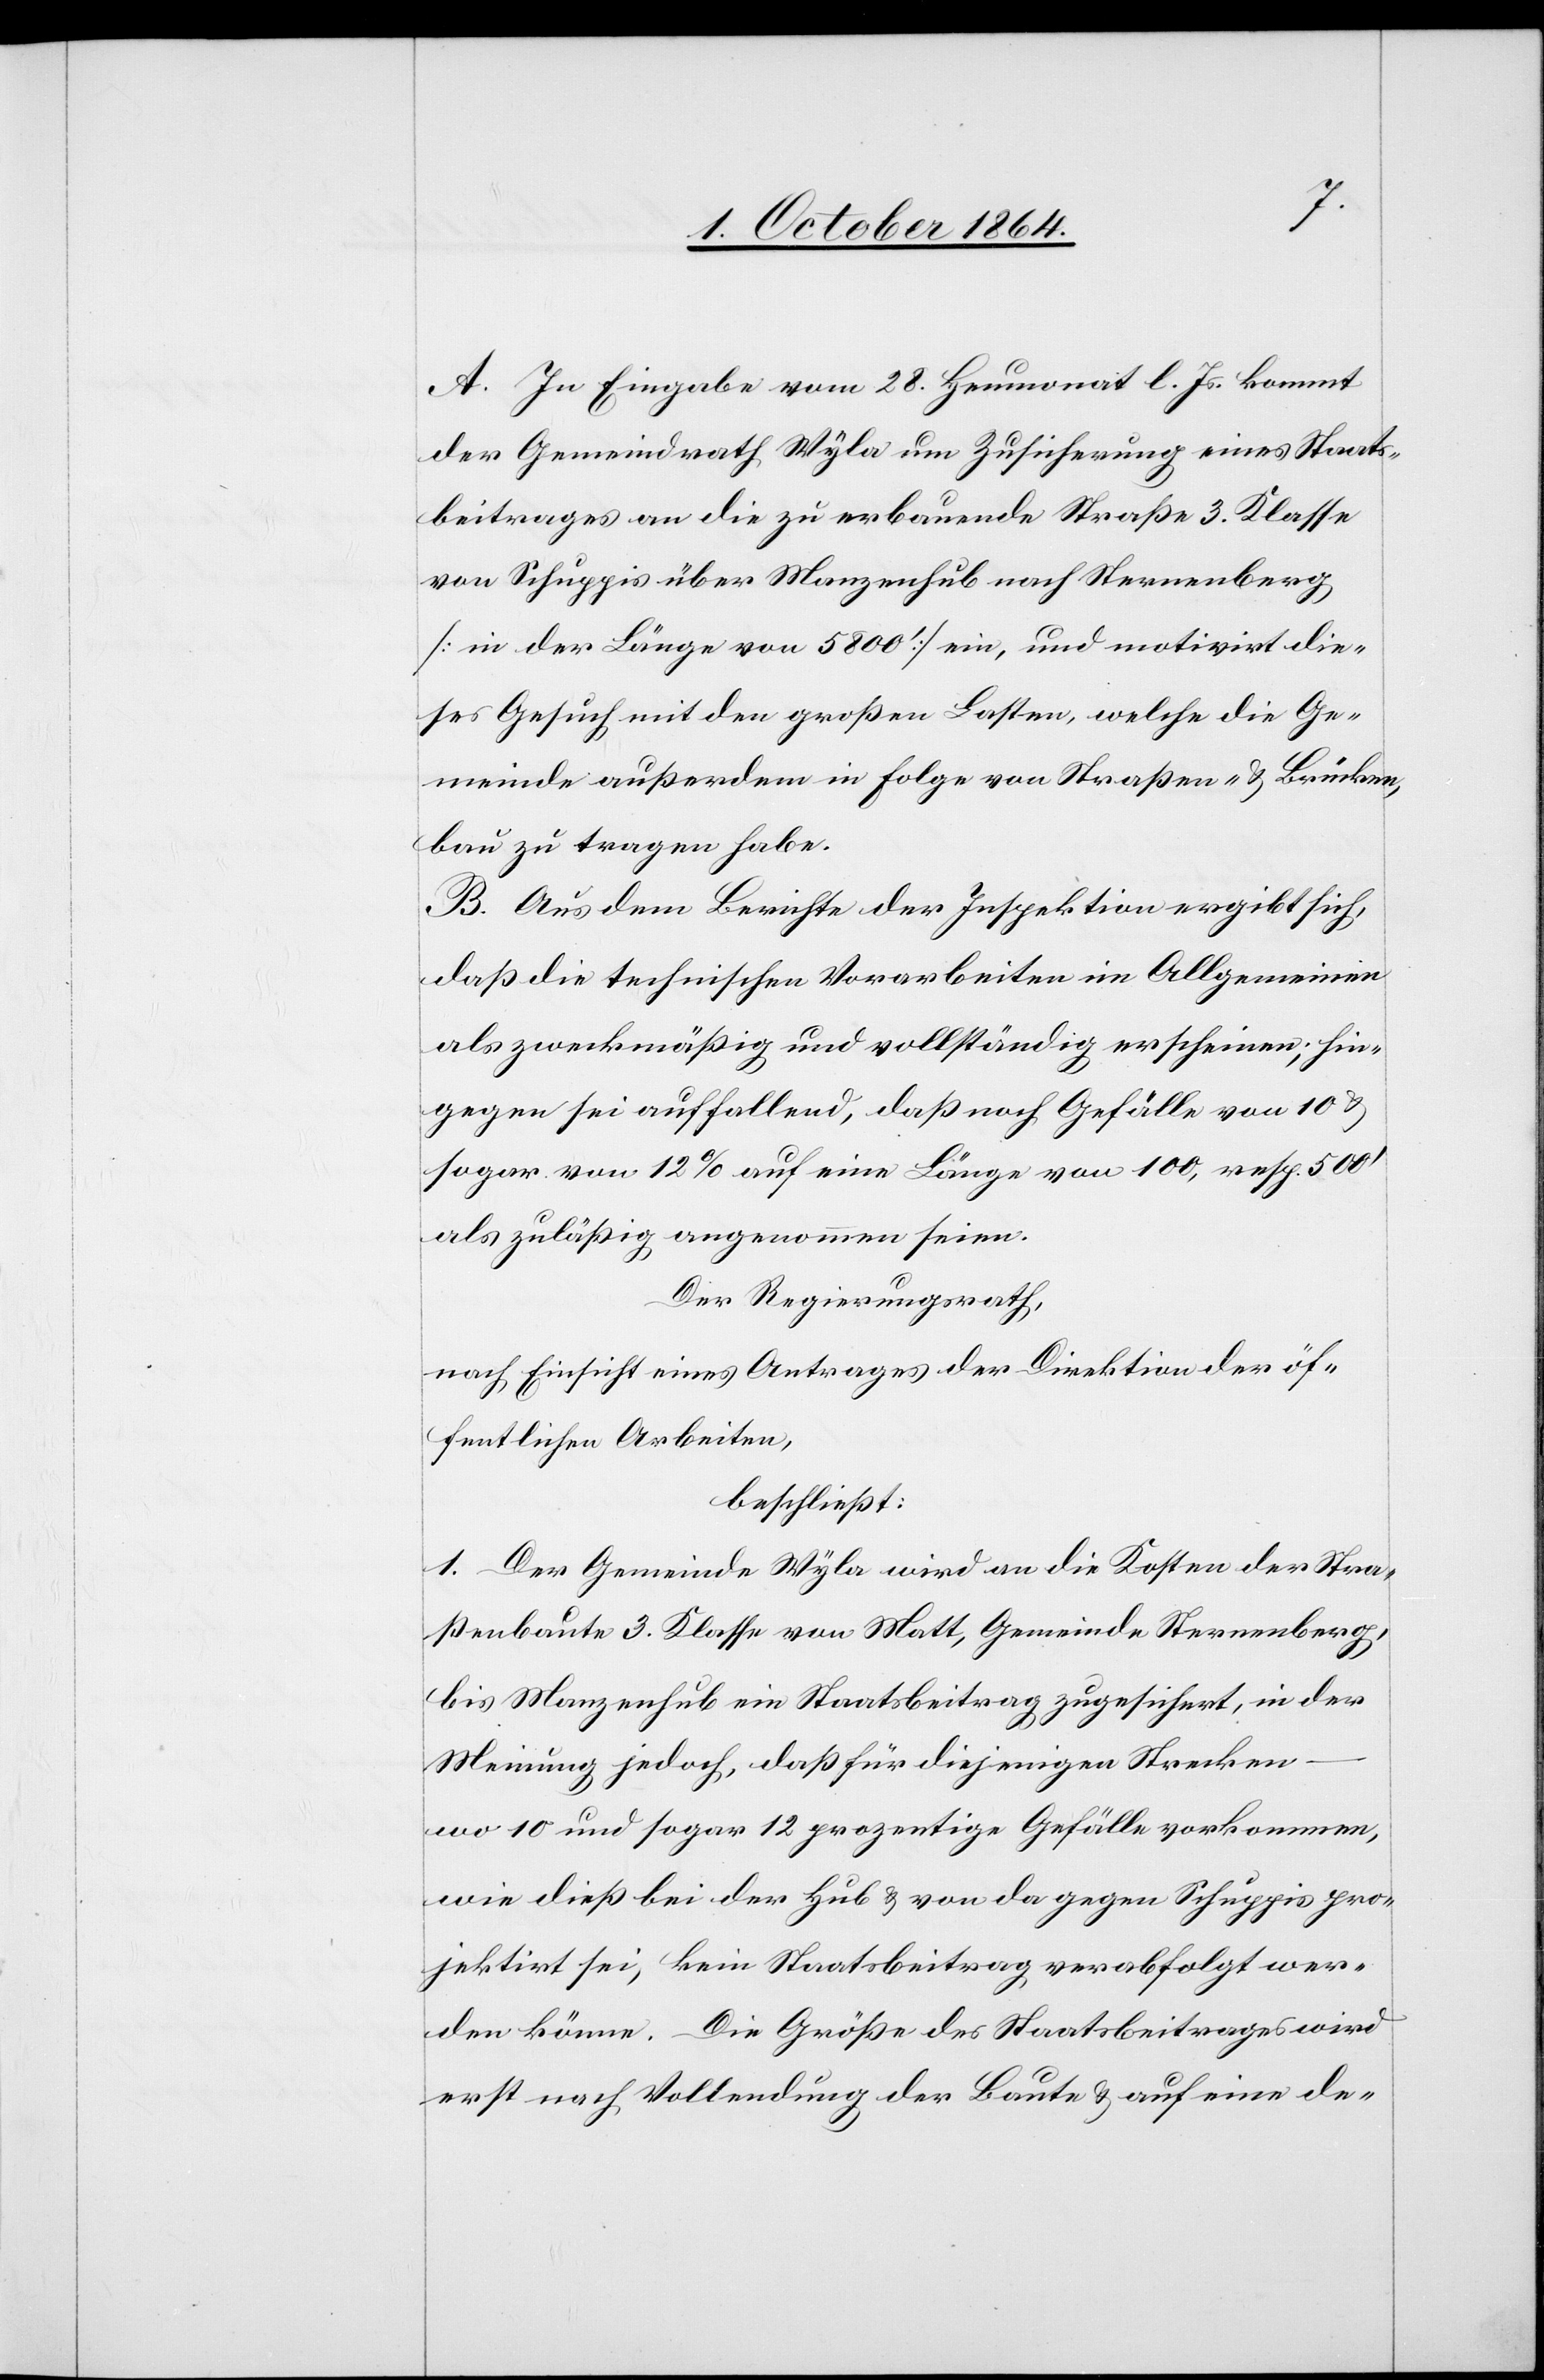
A. In Eingabe vom 28. Heumonat l. Js. kommt
der Gemeindrath Wyla um Zusicherung eines Staats¬
beitrages an die zu erbauende Straße 3. Klasse
von Schuppis über Manzenhub nach Sternenberg
[in der Länge von 5 800’] ein, und motivirt die¬
ses Gesuch mit den großen Lasten, welche die Ge¬
meinde außerdem in Folge von Straßen- & Brücken¬
bau zu tragen habe.
B. Aus dem Berichte der Inspektion ergibt sich,
daß die technischen Vorarbeiten im Allgemeinen
als zweckmäßig und vollständig erscheinen; hin¬
gegen sei auffallend, daß noch Gefälle von 10 &
sogar von 12% auf eine Länge von 100, resp. 500’
als zuläßig angenommen seien.
Der Regierungsrath,
nach Einsicht eines Antrages der Direktion der öf¬
fentlichen Arbeiten,
beschließt:
1. Der Gemeinde Wyla wird an die Kosten der Stra¬
ßenbaute 3. Klasse von Matt, Gemeinde Sternenberg,
bis Manzenhub ein Staatsbeitrag zugesichert, in der
Meinung jedoch, daß für diejenigen Strecken
wo 10 und sogar 12 prozentige Gefälle vorkommen,
wie dieß bei der Hub & von da gegen Schuppis pro¬
jektirt sei, kein Staatsbeitrag verabfolgt wer¬
den könne. Die Größe des Staatsbeitrages wird
erst nach Vollendung der Baute & auf eine de-